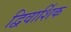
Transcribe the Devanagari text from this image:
द्विवार्शिक